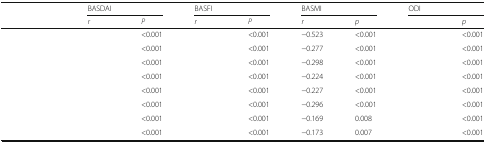
<table><thead><tr><td rowspan="2">[EMPTY_CELL]</td><td colspan="2"><b>BASDAI</b></td><td colspan="2"><b>BASFI</b></td><td colspan="2"><b>BASMI</b></td><td colspan="2"><b>ODI</b></td></tr><tr><td><b><i>r</i></b></td><td><b><i>P</i></b></td><td><b><i>r</i></b></td><td><b><i>P</i></b></td><td><b><i>r</i></b></td><td><b><i>p</i></b></td><td>[EMPTY_CELL]</td><td><b><i>p</i></b></td></tr></thead><tbody><tr><td>[EMPTY_CELL]</td><td>[EMPTY_CELL]</td><td>&lt;0.001</td><td>[EMPTY_CELL]</td><td>&lt;0.001</td><td>−0.523</td><td>&lt;0.001</td><td>[EMPTY_CELL]</td><td>&lt;0.001</td></tr><tr><td>[EMPTY_CELL]</td><td>[EMPTY_CELL]</td><td>&lt;0.001</td><td>[EMPTY_CELL]</td><td>&lt;0.001</td><td>−0.277</td><td>&lt;0.001</td><td>[EMPTY_CELL]</td><td>&lt;0.001</td></tr><tr><td>[EMPTY_CELL]</td><td>[EMPTY_CELL]</td><td>&lt;0.001</td><td>[EMPTY_CELL]</td><td>&lt;0.001</td><td>−0.298</td><td>&lt;0.001</td><td>[EMPTY_CELL]</td><td>&lt;0.001</td></tr><tr><td>[EMPTY_CELL]</td><td>[EMPTY_CELL]</td><td>&lt;0.001</td><td>[EMPTY_CELL]</td><td>&lt;0.001</td><td>−0.224</td><td>&lt;0.001</td><td>[EMPTY_CELL]</td><td>&lt;0.001</td></tr><tr><td>[EMPTY_CELL]</td><td>[EMPTY_CELL]</td><td>&lt;0.001</td><td>[EMPTY_CELL]</td><td>&lt;0.001</td><td>−0.227</td><td>&lt;0.001</td><td>[EMPTY_CELL]</td><td>&lt;0.001</td></tr><tr><td>[EMPTY_CELL]</td><td>[EMPTY_CELL]</td><td>&lt;0.001</td><td>[EMPTY_CELL]</td><td>&lt;0.001</td><td>−0.296</td><td>&lt;0.001</td><td>[EMPTY_CELL]</td><td>&lt;0.001</td></tr><tr><td>[EMPTY_CELL]</td><td>[EMPTY_CELL]</td><td>&lt;0.001</td><td>[EMPTY_CELL]</td><td>&lt;0.001</td><td>−0.169</td><td>0.008</td><td>[EMPTY_CELL]</td><td>&lt;0.001</td></tr><tr><td>[EMPTY_CELL]</td><td>[EMPTY_CELL]</td><td>&lt;0.001</td><td>[EMPTY_CELL]</td><td>&lt;0.001</td><td>−0.173</td><td>0.007</td><td>[EMPTY_CELL]</td><td>&lt;0.001</td></tr></tbody></table>